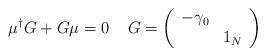
LaTeX: \begin{align*}\mu ^{\dagger }G+G\mu =0\; \; \; \; G=\left( \begin{array}{cc}-\gamma _{0} & \\ & 1_{N}\end{array}\right)\end{align*}